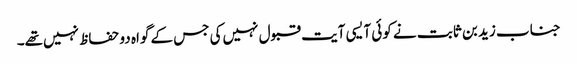
جناب زید بن ثابت نے کوئی آیسی آیت قبول نہیں‌کی جس کے گواہ دو حفاظ نہیں‌تھے۔